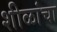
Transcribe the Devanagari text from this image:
शीळांचा